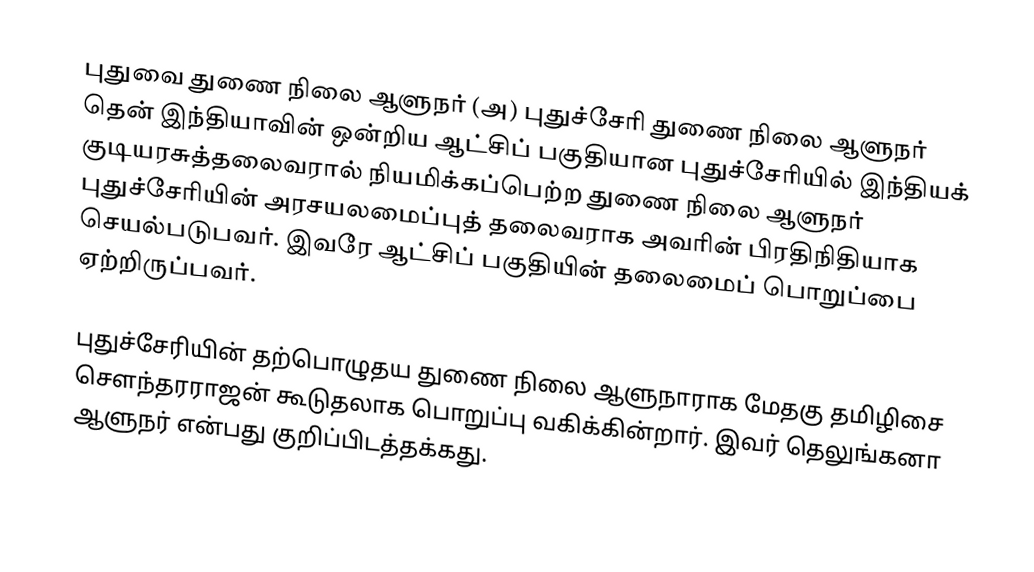
புதுவை துணை நிலை ஆளுநர் (அ) புதுச்சேரி துணை நிலை ஆளுநர் தென் இந்தியாவின் ஒன்றிய ஆட்சிப் பகுதியான புதுச்சேரியில் இந்தியக் குடியரசுத்தலைவரால் நியமிக்கப்பெற்ற துணை நிலை ஆளுநர் புதுச்சேரியின் அரசயலமைப்புத் தலைவராக அவரின் பிரதிநிதியாக செயல்படுபவர். இவரே ஆட்சிப் பகுதியின் தலைமைப் பொறுப்பை ஏற்றிருப்பவர்.

புதுச்சேரியின் தற்பொழுதய துணை நிலை ஆளுநாராக மேதகு தமிழிசை சௌந்தரராஜன் கூடுதலாக பொறுப்பு வகிக்கின்றார். இவர் தெலுங்கனா ஆளுநர் என்பது குறிப்பிடத்தக்கது.